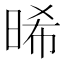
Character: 晞